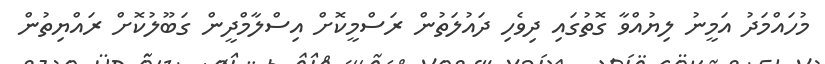
މުހައްމަދު އަމީނު ލިޔުއްވާ ގޮތުގައި ދިވެހި ދައުލަތުން ރަސްމީކޮށް އިސްލާމްދީން ގަބޫލުކޮށް ރައްޔިތުން